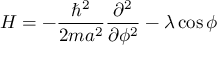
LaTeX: H = - { \frac { \hbar ^ { 2 } } { 2 m a ^ { 2 } } } { \frac { \partial ^ { 2 } } { \partial \phi ^ { 2 } } } - \lambda \cos \phi